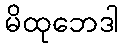
မိထုဘေဒါ